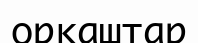
орқаштар